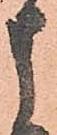
申